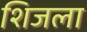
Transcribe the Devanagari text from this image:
शिजला